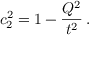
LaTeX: c _ { 2 } ^ { 2 } = 1 - \frac { Q ^ { 2 } } { t ^ { 2 } } \, .